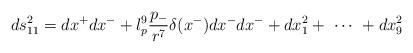
LaTeX: \begin{align*}ds_{11}^2 = dx^+ dx^- + l_p^9 \frac{ p_-}{r^7} \delta(x^- ) dx^- dx^- + dx_1^2 + \ \cdots \ + dx_9^2 \end{align*}